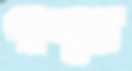
পাম্পুর